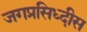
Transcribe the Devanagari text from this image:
जगप्रसिध्दीस